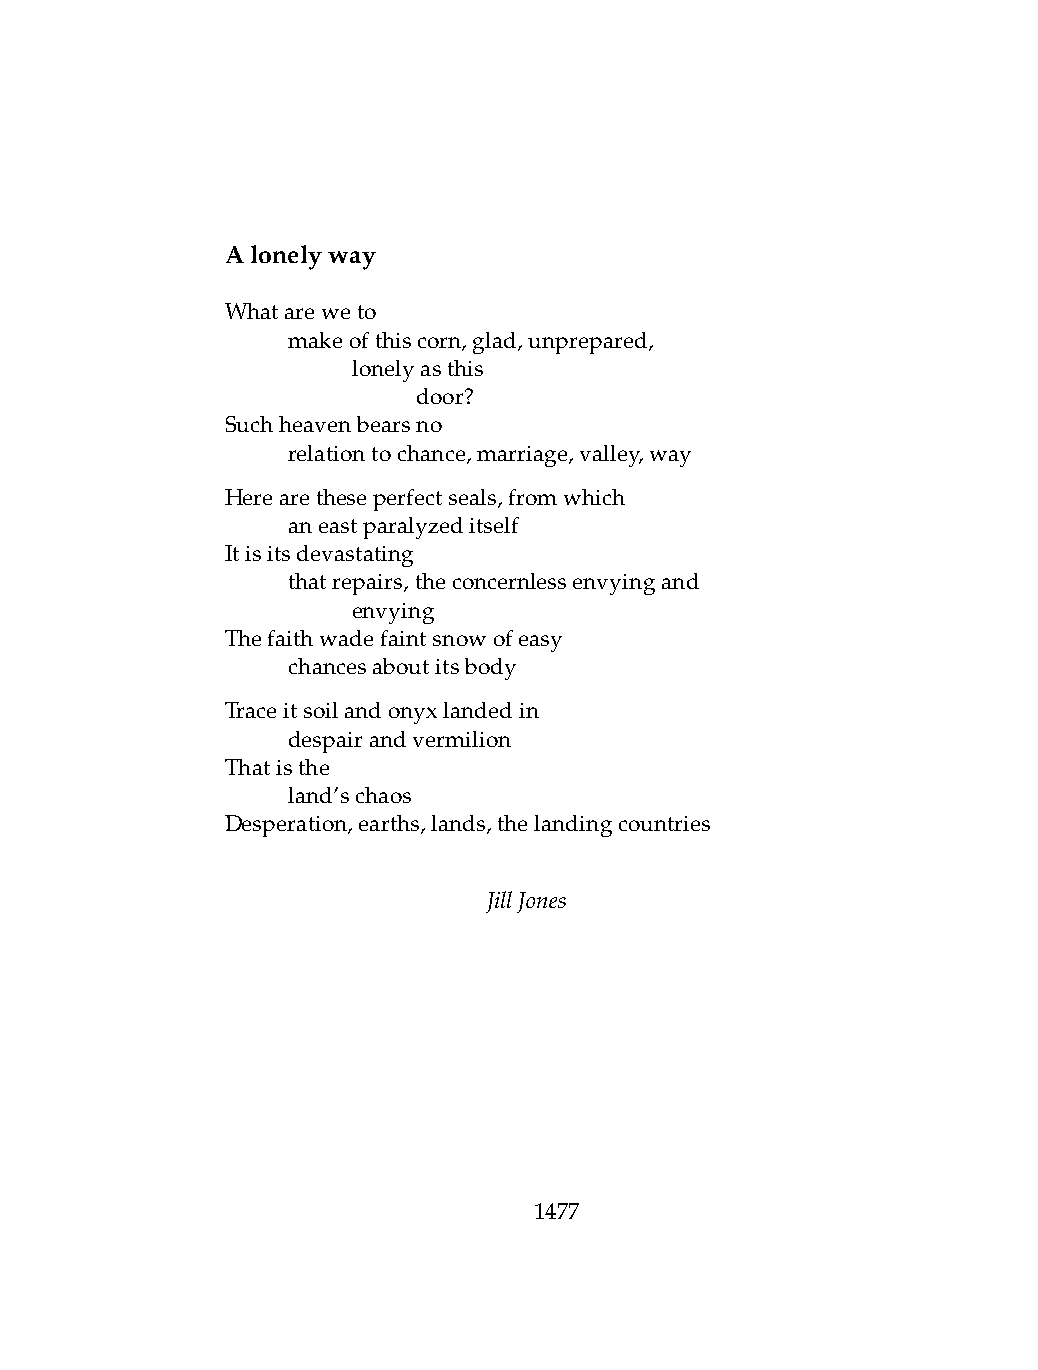
Alonelyway
 Whatareweto
 .   makeofthiscorn,glad,unprepared,
 .   .   lonelyasthis
 .   .   .    door?
 Suchheavenbearsno
 .   relationtochance,marriage,valley,way
 Herearetheseperfectseals,fromwhich
 .   aneastparalyzeditself
 Itisitsdevastating
 .   thatrepairs,theconcernlessenvyingand
 .   .   envying
 Thefaithwadefaintsnowofeasy
 .   chancesaboutitsbody
 Traceitsoilandonyxlandedin
 .   despairandvermilion
 Thatisthe
 .   land’schaos
 Desperation,earths,lands,thelandingcountries
 JillJones
 1477